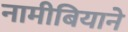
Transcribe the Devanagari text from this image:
नामीबियाने